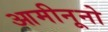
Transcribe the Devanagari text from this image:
आमीनूनो